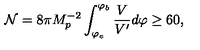
{ \cal { N } } = 8 \pi M _ { p } ^ { - 2 } \int _ { \varphi _ { e } } ^ { \varphi _ { b } } \frac { V } { V ^ { \prime } } d \varphi \geq 6 0 ,